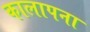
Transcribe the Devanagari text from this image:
कालापना